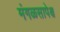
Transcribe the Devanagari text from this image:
मंगळसापेक्ष